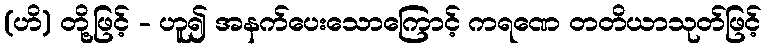
(ဟိ) တို့ဖြင့် - ဟူ၍ အနက်ပေးသောကြောင့် ကရဏေ တတိယာသုတ်ဖြင့်